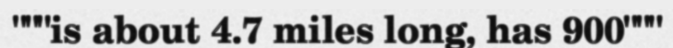
"""is about 4.7 miles long, has 900"""